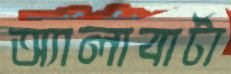
অ্যালাবার্টা